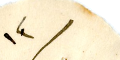
١٢